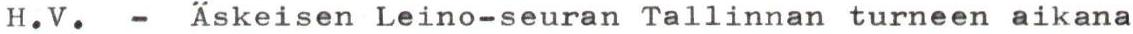
H.V. - Äskeisen Leino-seuran Tallinnan turneen aikana